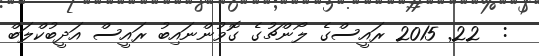
:  22